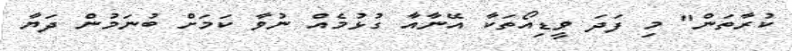
ކުރާތަން" މި ފަދަ ވީޑިއޯތަކާ އޭނާއާ ގުޅުމެއް ނުވާ ކަމަށް ބުނަމުން ދަޔާ